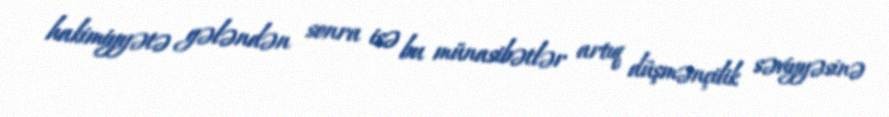
hakimiyyətə gələndən sonra isə bu münasibətlər artıq düşmənçilik səviyyəsinə